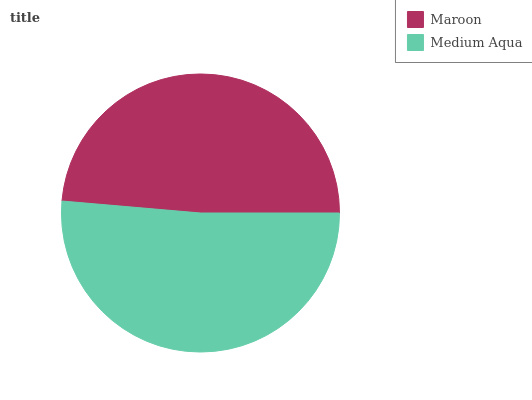
| Maroon | Medium Aqua |
 | --- | --- |
 | 48.6% | 51.4% |